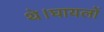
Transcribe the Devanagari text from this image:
थे।घायलों